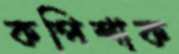
কপিশাক